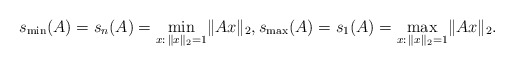
\begin{align*}s_{\min}(A)=s_n(A)=\min\limits_{x:\,\lVert x\rVert_2=1}\lVert Ax\rVert_2,s_{\max}(A)=s_1(A)=\max\limits_{x:\,\lVert x\rVert_2=1}\lVert Ax\rVert_2.\end{align*}